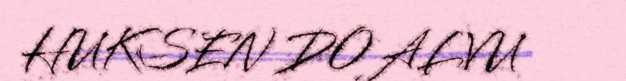
HUKSEN DOALVU